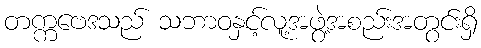
တက္ကဗေဒသည် သဘာဝနှင့်လူ့အဖွဲ့အစည်းအတွင်းရှိ